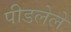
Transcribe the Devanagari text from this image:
पीडलेले